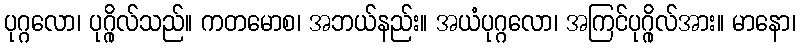
ပုဂ္ဂလော၊ ပုဂ္ဂိုလ်သည်။ ကတမောစ၊ အဘယ်နည်း။ အယံပုဂ္ဂလော၊ အကြင်ပုဂ္ဂိုလ်အား။ မာနော၊